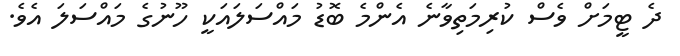
ދެ ޓީމަށް ވެސް ކުރިމަތިވާނެ އެންމެ ބޮޑު މައްސަލައަކީ ހޫނުގެ މައްސަލަ އެވެ.